Annual report on the lock hospitals of the Madras Presidency
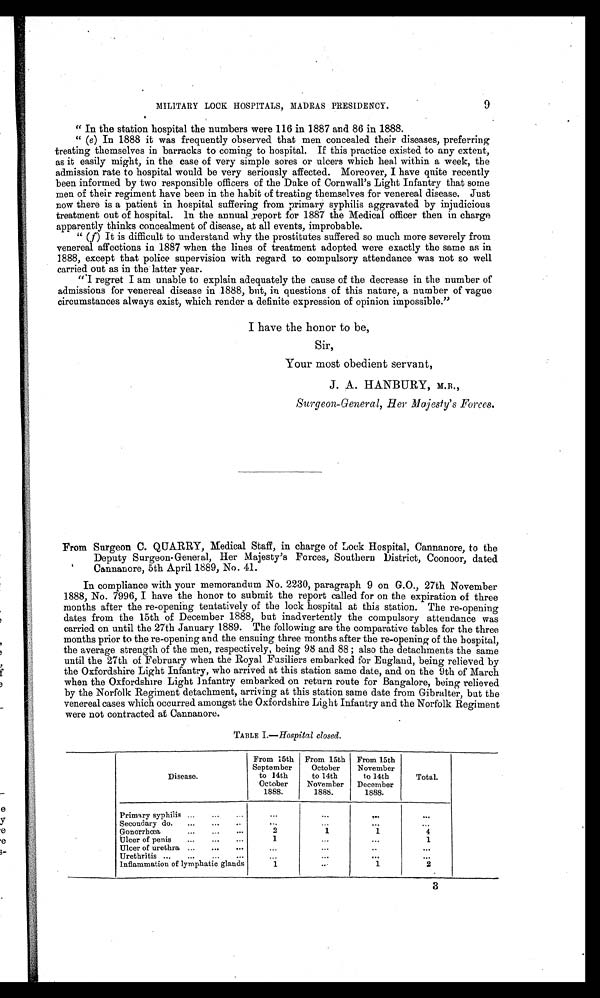
MILITARY LOCK HOSPITALS, MADRAS PRESIDENCY.
9
" In the station hospital the numbers were 116 in 1887 and 86 in 1888.
" (e) In 1888 it was frequently observed that men concealed their diseases, preferring
treating themselves in barracks to coming to hospital. If this practice existed to any extent,
as it easily might, in the case of very simple sores or ulcers which heal within a week, the
admission rate to hospital would be very seriously affected. Moreover, I have quite recently
been informed by two responsible officers of the Duke of Cornwall's Light Infantry that some
men of their regiment have been in the habit of treating themselves for venereal disease. Just
now there is a patient in hospital suffering from primary syphilis aggravated by injudicious
treatment out of hospital. In the annual yeport for 1887 the Medical officer then in charge
apparently thinks concealment of disease, at all events, improbable.
" (f ) It is difficult to understand why the prostitutes suffered so much more severely from
venereal affections in 1887 when the lines of treatment adopted were exactly the same as in
1888, except that police supervision with regard to compulsory attendance was not so well
carried out as in the latter year.
" I regret I am unable to explain adequately the cause of the decrease in the number of
admissions for venereal disease in 1888, but, in questions of this nature, a number of vague
circumstances always exist, which render a definite expression of opinion impossible."
I have the honor to be,
Sir,
Your most obedient servant,
J. A. HANBURY, M.B.,
Surgeon-General, Her Majesty's Forces.
From Surgeon C. QUARRY, Medical Staff, in charge of Lock Hospital, Cannanore, to the
Deputy Surgeon-General, Her Majesty's Forces, Southern District, Coonoor, dated
Cannanore, 5th April 1889, No. 41.
In compliance with your memorandum No. 2230, paragraph 9 on G.O., 27th November
1888, No. 7996, I have the honor to submit the report called for on the expiration of three
months after the re-opening tentatively of the lock hospital at this station. The re-opening
dates from the 15th of December 1888, but inadvertently the compulsory attendance was
carried on until the 27th January 1889. The following are the comparative tables for the three
months prior to the re-opening and the ensuing three months after the re-opening of the hospital,
the average strength of the men, respectively, being 98 and 88 ; also the detachments the same
until the 27th of February when the Royal Fusiliers embarked for England, being relieved by
the Oxfordshire Light Infantry, who arrived at this station same date, and on the 9th of March
when the Oxfordshire Light Infantry embarked on return route for Bangalore, being relieved
by the Norfolk Regiment detachment, arriving at this station same date from Gibralter, but the
venereal cases which occurred amongst the Oxfordshire Light Infantry and the Norfolk Regiment
were not contracted at Cannanore.
TABLE I.—Hospital closed.
Disease.
From 15th
September
to 14th
October
1888.
From 15th
October
to 14th
November
1888.
From 15th
November
to 14th
December
1888.
Total.
Primary syphilis ... ... ...
. . .
. . .
...
. . .
Secondary do. ..
. . .
. . .
. . .
...
...
Gonorrhœa
...
... ...
2
1
1
4
Ulcer of penis ...
... ...
1
...
...
1
Ulcer of urethra ... ... ...
. . .
...
. . .
...
Urethritis ... ...
... ...
...
. . .
...
Inflammation of lymphatic glands
1
. . .
1
2
3